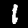
Digit: 1